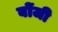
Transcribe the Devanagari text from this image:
बोंजी